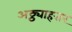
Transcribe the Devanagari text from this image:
अठ्ठ्याहत्तर